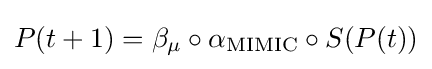
P(t+1)=\beta _{\mu }\circ \alpha _{\text{MIMIC}}\circ S(P(t))